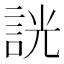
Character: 𧧯